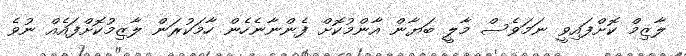
ލާޒިމް ކޮށްފައިވީ ނަމަވެސް މާލީ ބަޔާން އާންމުކޮށް ފެންނާނެހެން ހާމަކުރަން ލާޒިމުކޮށްފައެއް ނުވެ